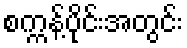
စက္ကန့်ပိုင်းအတွင်း